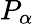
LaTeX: P_{\alpha}